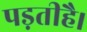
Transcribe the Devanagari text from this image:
पड़तीहै।